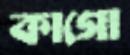
কাগো